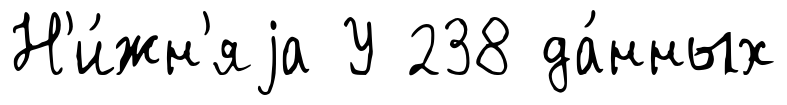
Н'и́жн'яjа У 238 да́нных